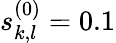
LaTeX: s_{k,l}^{(0)}=0.1